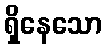
ရှိနေသော